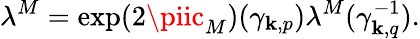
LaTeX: \lambda^{M}=\exp(2\piic_{M})({\gamma}_{\mathbf{k},p})\lambda^{M}({\gamma}_{\mathbf{k},q}^{-1}).